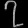
Digit: ၇